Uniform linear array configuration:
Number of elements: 24
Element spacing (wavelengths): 0.25
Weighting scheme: exponential
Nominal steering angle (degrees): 0
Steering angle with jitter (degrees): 0.09914
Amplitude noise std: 0.05
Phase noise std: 0.05

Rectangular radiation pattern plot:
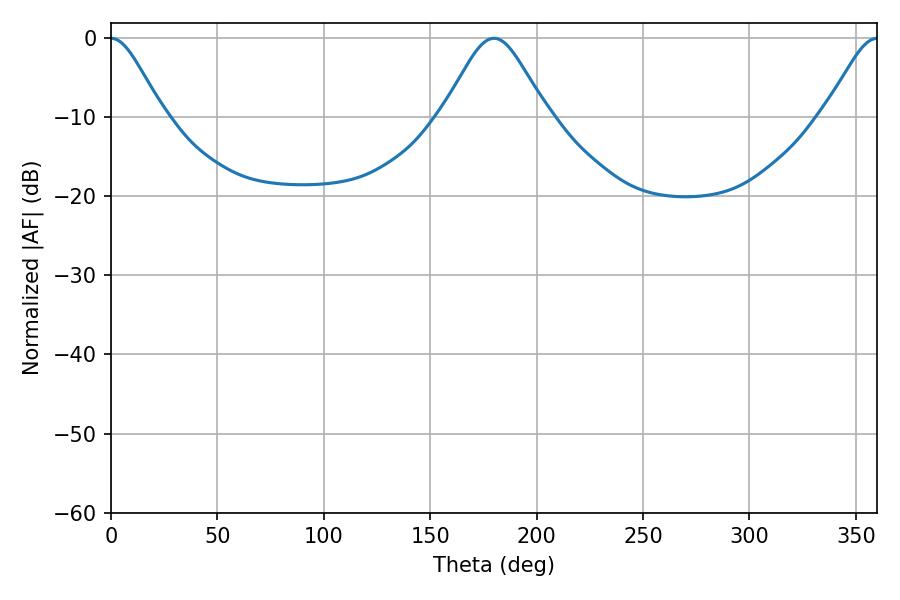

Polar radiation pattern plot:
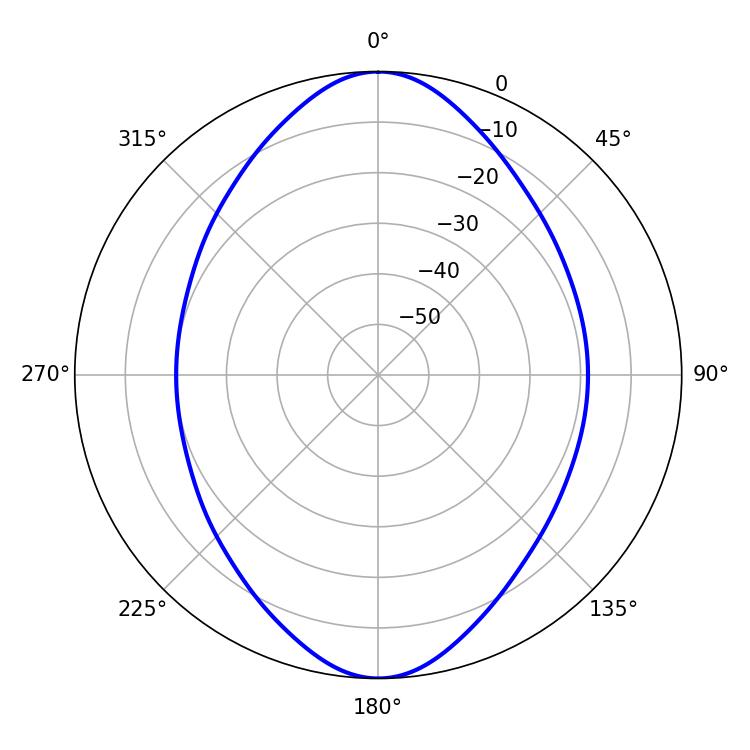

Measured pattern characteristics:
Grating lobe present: FALSE
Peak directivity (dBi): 30.013
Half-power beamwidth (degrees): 11.88
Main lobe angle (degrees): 0